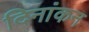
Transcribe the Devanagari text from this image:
दिनांकन